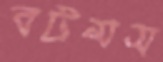
বটমস